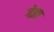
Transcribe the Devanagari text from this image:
गेझा